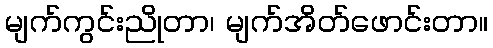
မျက်ကွင်းညိုတာ၊ မျက်အိတ်ဖောင်းတာ။